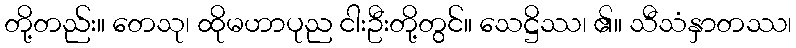
တို့တည်း။ တေသု၊ ထိုမဟာပုည ငါးဦးတို့တွင်။ သေဋ္ဌိဿ၊ ၏။ သီသံနှာတဿ၊